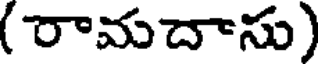
( రామదాసు)